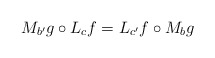
\begin{align*} M_{b'}g \circ L_cf=L_{c'}f \circ M_bg \end{align*}